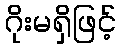
ဂိုးမရှိဖြင့်